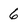
Character: 6